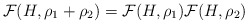
\begin{align*} \mathcal{F}(H,\rho_1+\rho_2)=\mathcal{F}(H,\rho_1)\mathcal{F}(H,\rho_2)\end{align*}